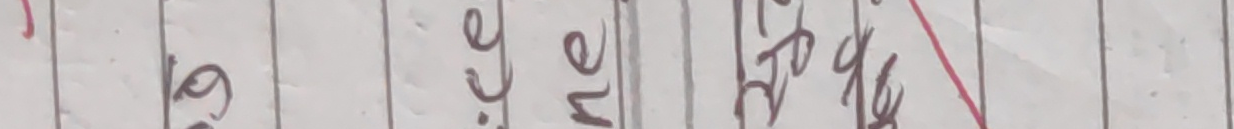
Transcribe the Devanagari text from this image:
लिएर